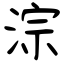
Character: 淙